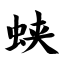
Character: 蛱